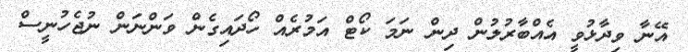
އޭނާ ވިދާޅުވީ އެއްބާރުލުން ދިން ނަމަ ކޯޓް އަމުރެއް ހޯދައިގެން ވަންނަން ނުޖެހުނީސް